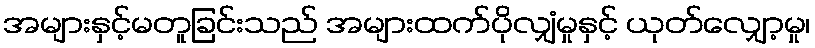
အများနှင့်မတူခြင်းသည် အများထက်ပိုလျှံမှုနှင့် ယုတ်လျှော့မှု၊